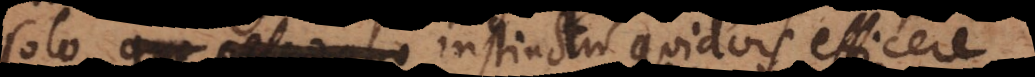
nescio quo instinctu quidvis efficere